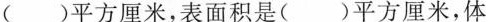
( )平方厘米，表面积是( )平方厘米，体